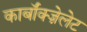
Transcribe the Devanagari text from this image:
कार्बॉक्ज़ेलेट